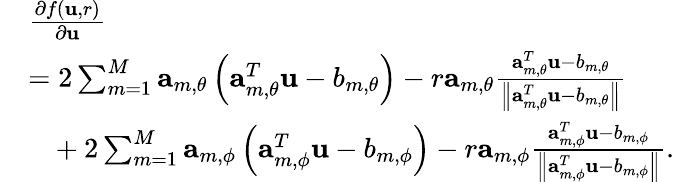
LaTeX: \begin{array}{rl}&{\frac{\partial f\left(\mathbf{u},r\right)}{\partial\mathbf{u}}}\\ &{=2\sum_{m=1}^{M}\mathbf{a}_{m,\theta}\left(\mathbf{a}_{m,\theta}^{T}\mathbf{\mathbf{u}}-b_{m,\theta}\right)-r\mathbf{a}_{m,\theta}\frac{\mathbf{a}_{m,\theta}^{T}\mathbf{\mathbf{u}}-b_{m,\theta}}{\left\| \mathbf{a}_{m,\theta}^{T}\mathbf{\mathbf{u}}-b_{m,\theta}\right\| }}\\ &{~~~+2\sum_{m=1}^{M}\mathbf{a}_{m,\phi}\left(\mathbf{a}_{m,\phi}^{T}\mathbf{\mathbf{u}}-b_{m,\phi}\right)-r\mathbf{a}_{m,\phi}\frac{\mathbf{a}_{m,\phi}^{T}\mathbf{\mathbf{u}}-b_{m,\phi}}{\left\| \mathbf{a}_{m,\phi}^{T}\mathbf{\mathbf{u}}-b_{m,\phi}\right\| }.}\end{array}